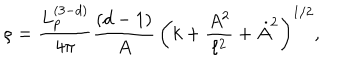
\rho = \frac { L _ { p } ^ { ( 3 - d ) } } { 4 \pi } \frac { ( d - 1 ) } { A } \, \left( k + \frac { A ^ { 2 } } { \ell ^ { 2 } } + \dot { A } ^ { 2 } \right) ^ { 1 / 2 } ,